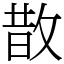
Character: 㪚